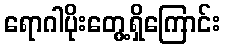
ရောဂါပိုးတွေ့ရှိကြောင်း